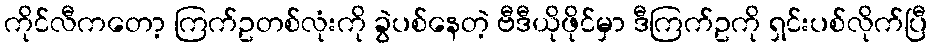
ကိုင်လီကတော့ ကြက်ဥတစ်လုံးကို ခွဲပစ်နေတဲ့ ဗီဒီယိုဖိုင်မှာ ဒီကြက်ဥကို ရှင်းပစ်လိုက်ပြီ